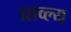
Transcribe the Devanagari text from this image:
प्राव्ल्य